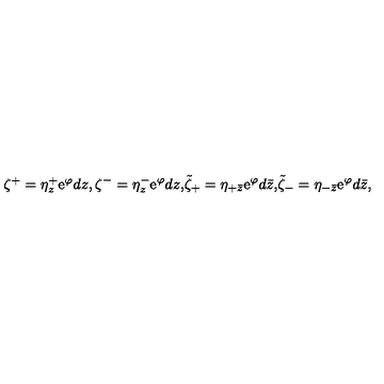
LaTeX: \begin{matrix} { \zeta ^ { + } = \eta _ { z } ^ { + } \mathrm { e } ^ { \varphi } d z , } & { \zeta ^ { - } = \eta _ { z } ^ { - } \mathrm { e } ^ { \varphi } d z , } & { \tilde { \zeta } _ { + } = \eta _ { + \bar { z } } \mathrm { e } ^ { \varphi } d \bar { z } , } & { \tilde { \zeta } _ { - } = \eta _ { - \bar { z } } \mathrm { e } ^ { \varphi } d \bar { z } , } \\ \end{matrix}